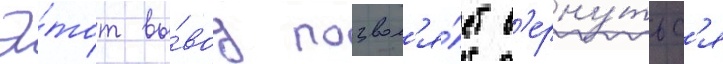
Э́тот вы́вод позвол'я́ет в'ерну́тьс'я